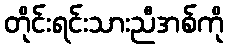
တိုင်းရင်းသားညီအစ်ကို